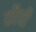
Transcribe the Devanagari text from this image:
कौची